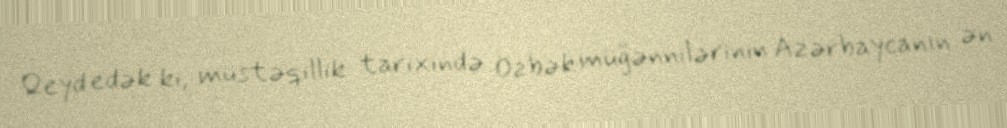
Qeyd edək ki, müstəqillik tarixində Özbək müğənnilərinin Azərbaycanın ən